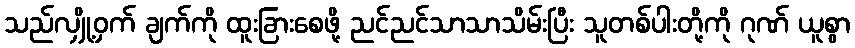
သည်လျှို့ဝှက် ချက်ကို ထူးခြားစေဖို့ ညင်ညင်သာသာသိမ်းပြီး သူတစ်ပါးတို့ကို ဂုဏ် ယူစွာ